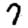
Digit: 7